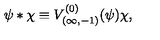
\psi * \chi \equiv V _ { ( \infty , - 1 ) } ^ { ( 0 ) } ( \psi ) \chi ,